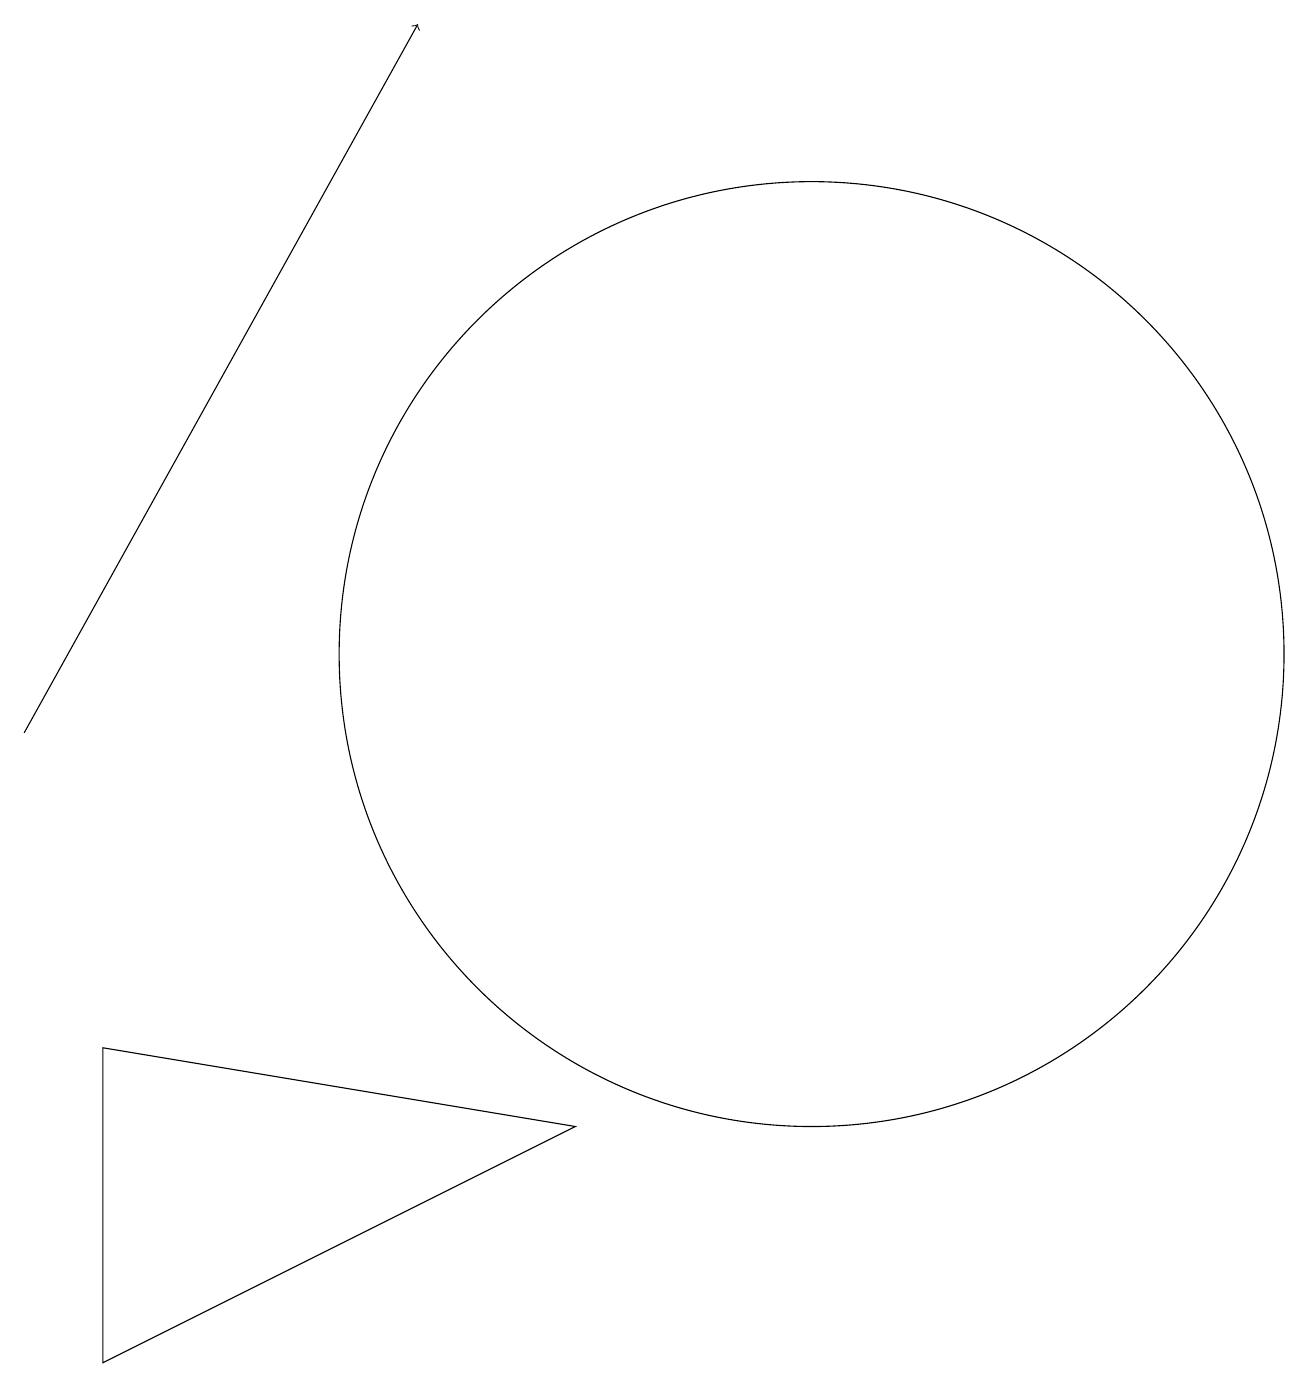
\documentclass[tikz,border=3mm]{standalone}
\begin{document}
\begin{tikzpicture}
\draw[->] (2,10) -- (7,19);
\draw (12,11) circle (6);
\draw (3,2) -- (9,5) -- (3,6) -- cycle;
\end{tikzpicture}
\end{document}